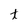
Character: t